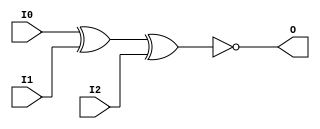
// $Header: /devl/xcs/repo/env/Databases/CAEInterfaces/verunilibs/data/unisims/XNOR3.v,v 1.6 2007/05/23 21:43:44 patrickp Exp $
///////////////////////////////////////////////////////////////////////////////
// Copyright (c) 1995/2004 Xilinx, Inc.
// All Right Reserved.
///////////////////////////////////////////////////////////////////////////////
//   ____  ____
//  /   /\/   /
// /___/  \  /    Vendor : Xilinx
// \   \   \/     Version : 10.1
//  \   \         Description : Xilinx Functional Simulation Library Component
//  /   /                  3-input XNOR Gate
// /___/   /\     Filename : XNOR3.v
// \   \  /  \    Timestamp : Thu Mar 25 16:43:42 PST 2004
//  \___\/\___\
//
// Revision:
//    03/23/04 - Initial version.
//    05/23/07 - Changed timescale to 1 ps / 1 ps.

`timescale  1 ps / 1 ps


module XNOR3 (O, I0, I1, I2);

    output O;

    input  I0, I1, I2;

	xnor X1 (O, I0, I1, I2);


endmodule